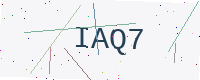
Text: IAQ7